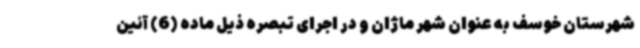
شهرستان خوسف به عنوان شهر ماژان و در اجرای تبصره ذیل ماده (6) آئین